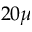
2 0 \mu